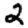
Digit: 2